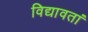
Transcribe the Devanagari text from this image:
विद्यावतां